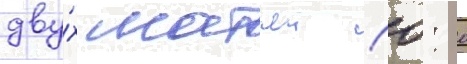
дву́х матчеи (0: 0